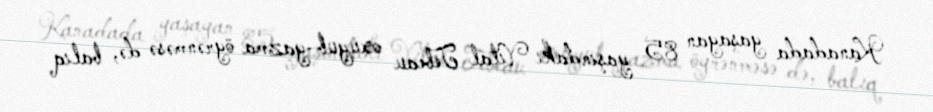
Kanadada yaşayan 85 yaşındakı Vital Tebeau oxuyub-yazma öyrənməsə də, balıq